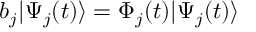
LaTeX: b _ { j } | \Psi _ { j } ( t ) \rangle = \Phi _ { j } ( t ) | \Psi _ { j } ( t ) \rangle